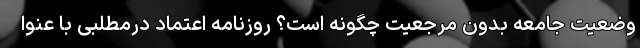
وضعیت جامعه بدون مرجعیت چگونه است؟ روزنامه اعتماد درمطلبی با عنوا